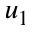
u _ { 1 }